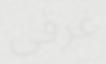
غرقى